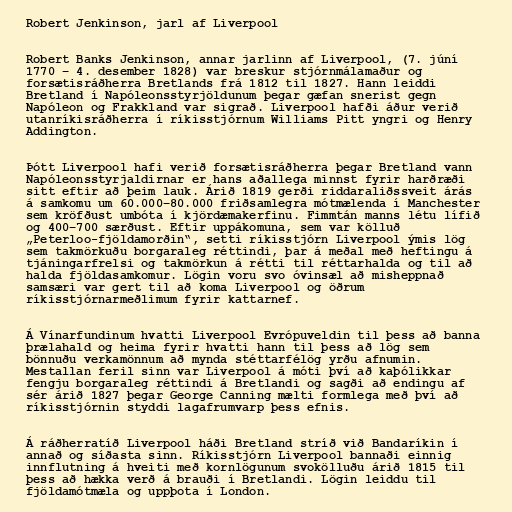
Robert Jenkinson, jarl af Liverpool

Robert Banks Jenkinson, annar jarlinn af Liverpool, (7. júní
1770 – 4. desember 1828) var breskur stjórnmálamaður og
forsætisráðherra Bretlands frá 1812 til 1827. Hann leiddi
Bretland í Napóleonsstyrjöldunum þegar gæfan snerist gegn
Napóleon og Frakkland var sigrað. Liverpool hafði áður verið
utanríkisráðherra í ríkisstjórnum Williams Pitt yngri og Henry
Addington.

Þótt Liverpool hafi verið forsætisráðherra þegar Bretland vann
Napóleonsstyrjaldirnar er hans aðallega minnst fyrir harðræði
sitt eftir að þeim lauk. Árið 1819 gerði riddaraliðssveit árás
á samkomu um 60.000–80.000 friðsamlegra mótmælenda í Manchester
sem kröfðust umbóta í kjördæmakerfinu. Fimmtán manns létu lífið
og 400–700 særðust. Eftir uppákomuna, sem var kölluð
„Peterloo-fjöldamorðin“, setti ríkisstjórn Liverpool ýmis lög
sem takmörkuðu borgaraleg réttindi, þar á meðal með heftingu á
tjáningarfrelsi og takmörkun á rétti til réttarhalda og til að
halda fjöldasamkomur. Lögin voru svo óvinsæl að misheppnað
samsæri var gert til að koma Liverpool og öðrum
ríkisstjórnarmeðlimum fyrir kattarnef.

Á Vínarfundinum hvatti Liverpool Evrópuveldin til þess að banna
þrælahald og heima fyrir hvatti hann til þess að lög sem
bönnuðu verkamönnum að mynda stéttarfélög yrðu afnumin.
Mestallan feril sinn var Liverpool á móti því að kaþólikkar
fengju borgaraleg réttindi á Bretlandi og sagði að endingu af
sér árið 1827 þegar George Canning mælti formlega með því að
ríkisstjórnin styddi lagafrumvarp þess efnis.

Á ráðherratíð Liverpool háði Bretland stríð við Bandaríkin í
annað og síðasta sinn. Ríkisstjórn Liverpool bannaði einnig
innflutning á hveiti með kornlögunum svokölluðu árið 1815 til
þess að hækka verð á brauði í Bretlandi. Lögin leiddu til
fjöldamótmæla og uppþota í London.